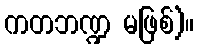
ကတဘဏ္ဍ မဖြစ်)။